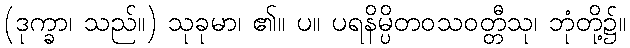
(ဒုက္ခာ၊ သည်။) သုခုမာ၊ ၏။ ပ။ ပရနိမ္ပိတဝသဝတ္တီသု၊ ဘုံတို့၌။